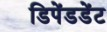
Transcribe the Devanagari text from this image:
डिपेंडडेंट